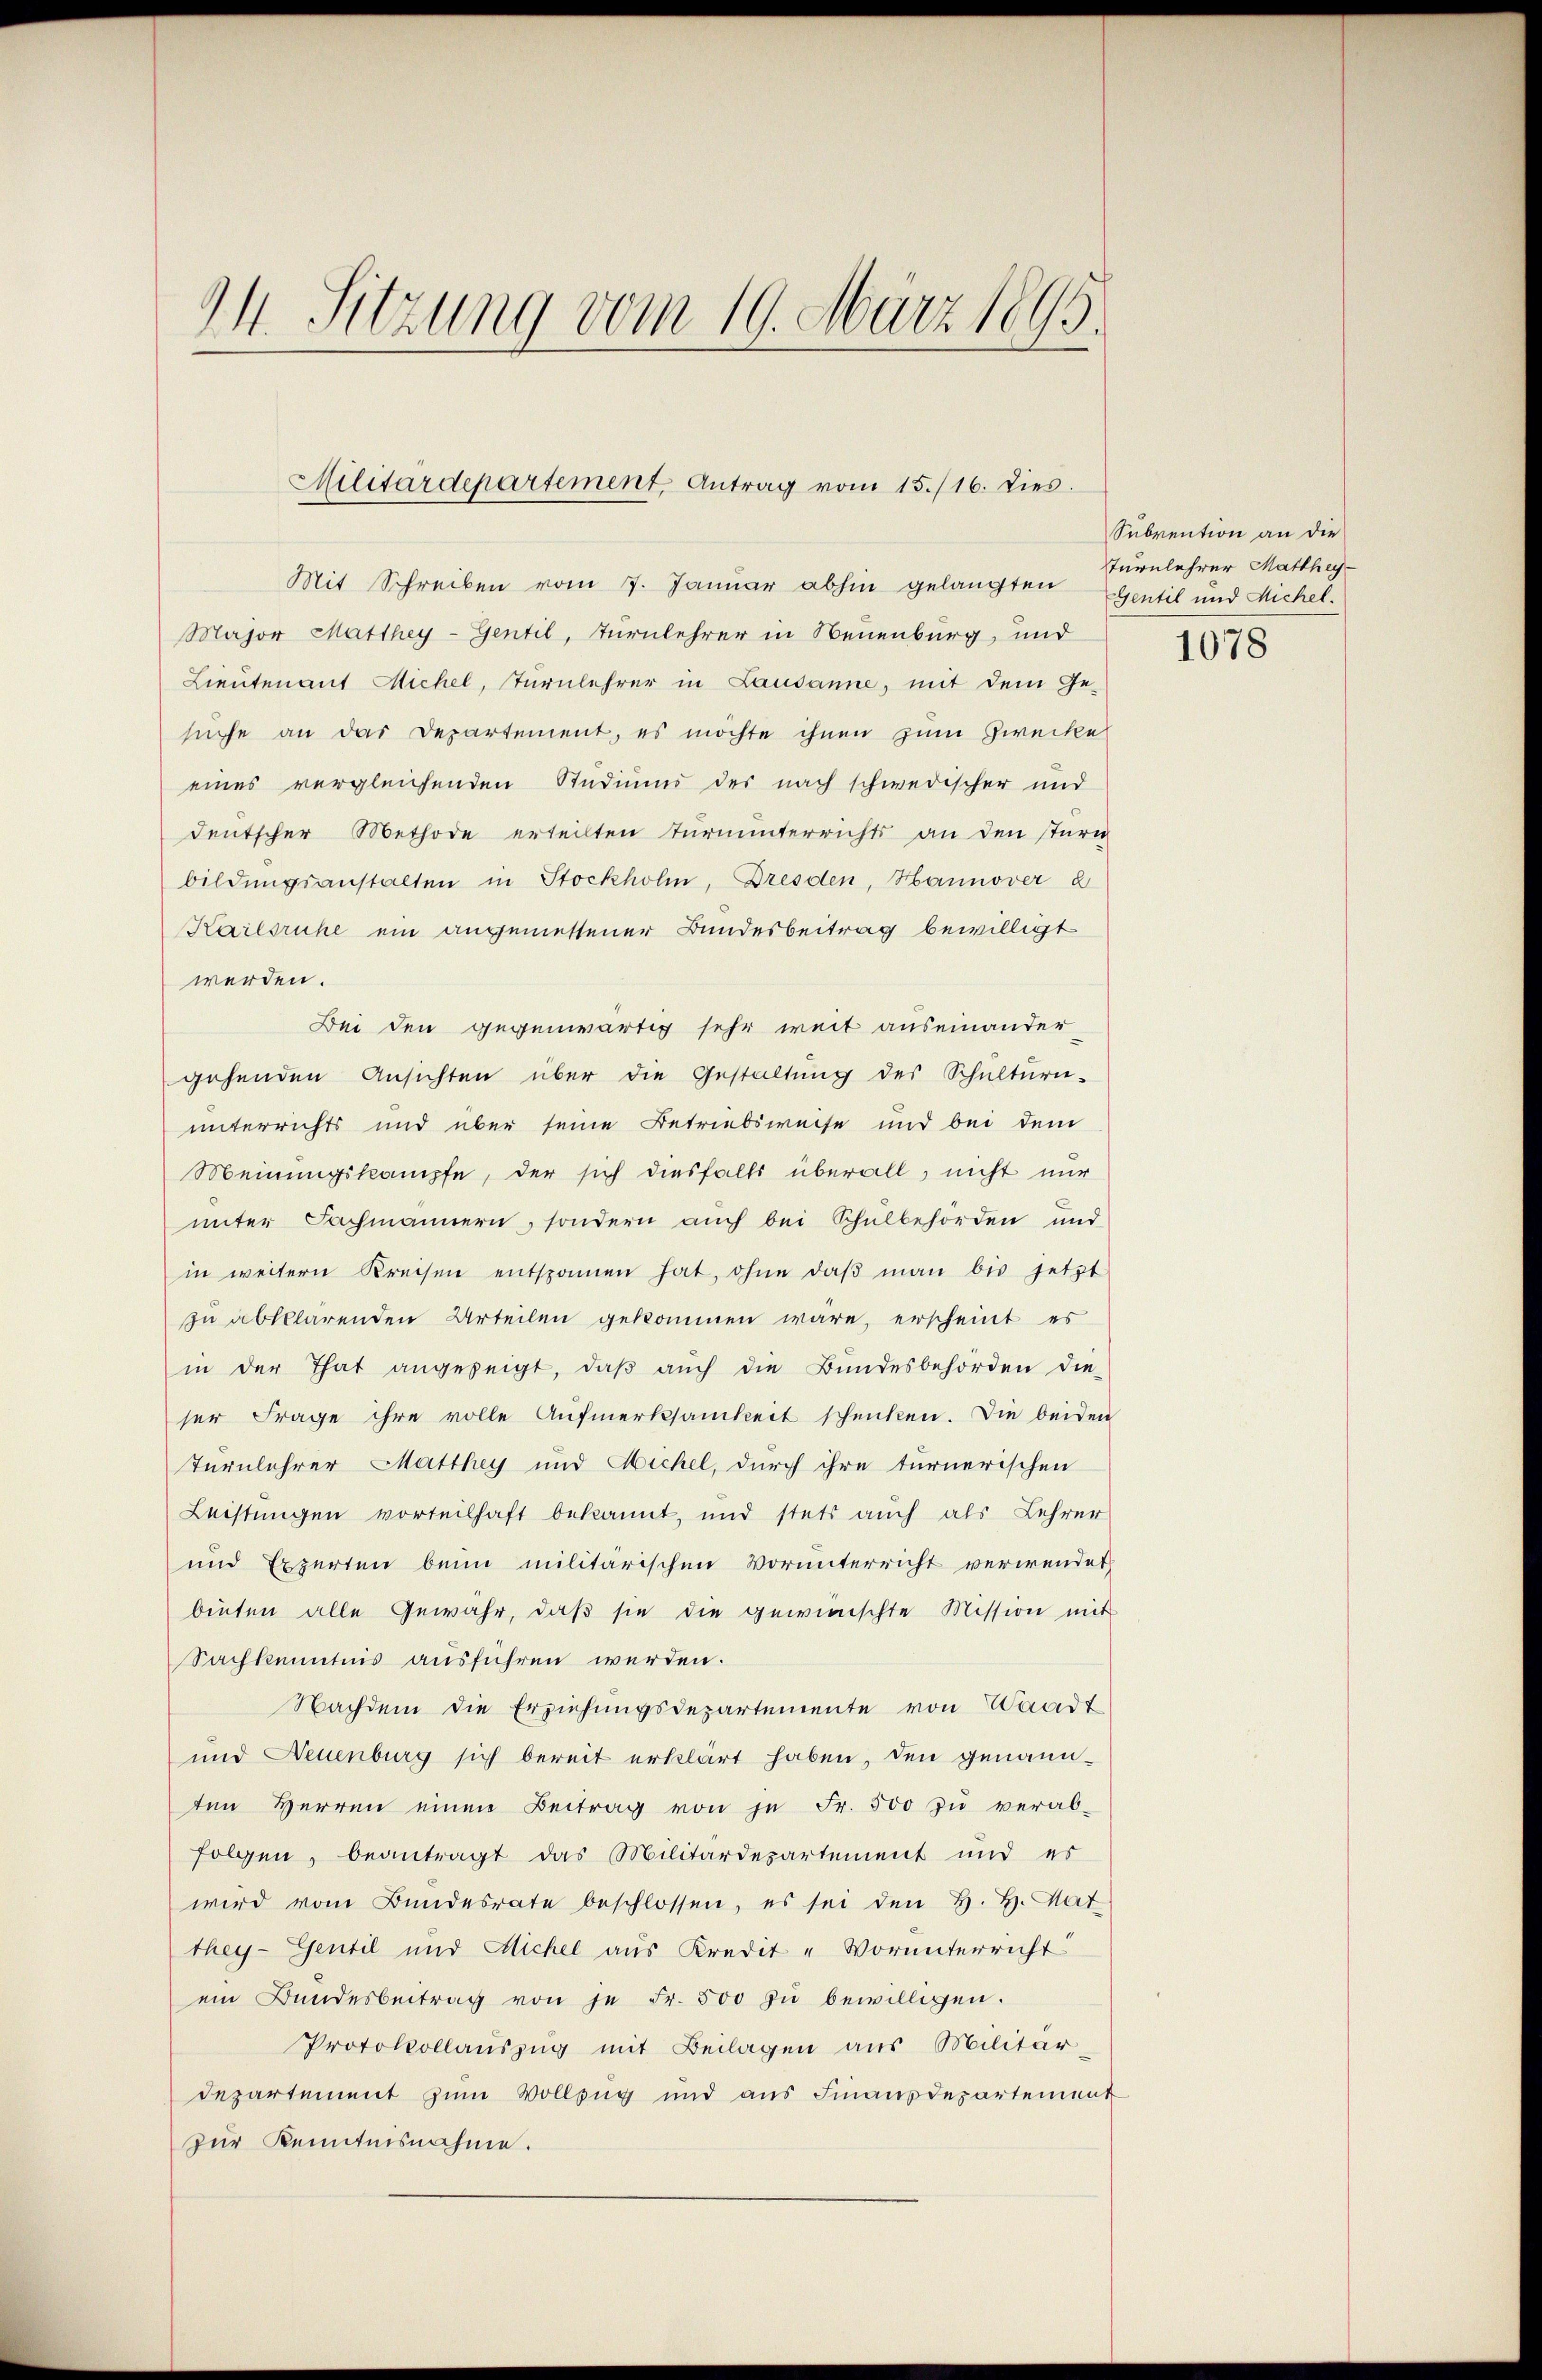
24. Sitzung vom 19. März 1895.

Militärdepartement, Antrag vom 15./16. dies.

Mit Schreiben vom 7. Januar abhin gelangten Gentil und Michel.
Major Matthey-Gentil, Turnlehrer in Neuenburg, und
Lieutenant Michel, Turnlehrer in Lausanne, mit dem Ge-
suche an das Departement, es möchte ihnen zum Zwecke
eines vergleichenden Studiums des nach schwedischer und
deutscher Methode erteilten Turnunterrichts an den sturn
bildungsanstalten in Stockholm, Dresden, Hannover à
Karlsruhe ein angemessener Bundesbeitrag bewilligt
werden.
Bei den gegenwärtig sehr weit auseinander
gehenden Ansichten über die Gestaltung des Schulturn-
unterrichts und über seine Betriebsweise und bei dem
Meinungskampfe, der sich diesfalls überall, nicht nur
unter Fachmännern, sondern auch bei Schulbehörden und
in weitern Kreisen entspannen hat, ohne daβ man bis jetzt
zu abklärenden Urteilen gekommen wäre, erscheint es
in der That angezeigt, daβ aŭch die Bŭndesbehörden die-
ser Frage ihre volle Aufmerksamkeit schenken. Die beiden
Turnlehrer Matthey und Michel, durch ihre turnerischen
Leistungen vorteilhaft bekannt, und stets auch als Lehrer
und Experten beim militärischen Vorunterricht verwendet,
binten alle Gewahr, daß sie die gewünschte Mission mit
Sachkenntnis ausführen werden.
Nachdem die Erziehungsdepartemente von Waadt
und Neuenburg sich bereit erklärt haben, den genannten Herren einen Beitrag von je Fr. 500 zŭ verab-
folgen, beantragt das Militärdepartement und es
wird vom Bundesrate beschlossen, es sei den H. H. Vat
they-Gentil und Michel aus Kredit - Vorunterricht
ein Bŭndesbeitrag von je Fr. 500 zŭ bewilligen.
Protokollaŭszŭg mit Beilagen aus Militär-
departement zum Vollzug und aus Finanzdepartement
zur Kenntnisnahme.

Subvention an die
Turnlehrer Matthey

1078